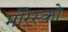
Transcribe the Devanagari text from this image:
मोरेस्को